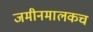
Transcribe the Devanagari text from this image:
जमीनमालकच